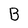
Character: B